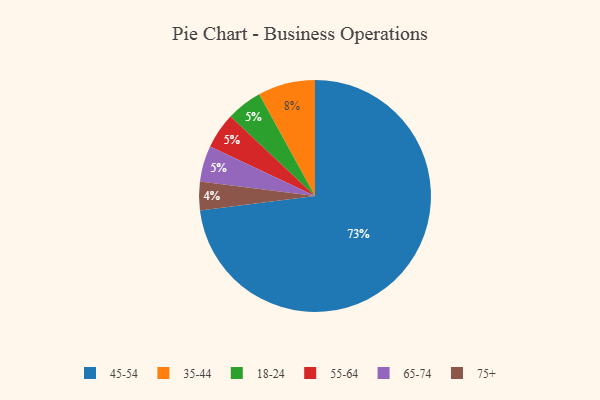
{"axis": {"x": "Category", "y": "Percentage"}, "legend": ["18-24", "35-44", "45-54", "55-64", "65-74", "75+"], "data": [{"x": "35-44", "y": 8, "type": "35-44"}, {"x": "18-24", "y": 5, "type": "18-24"}, {"x": "55-64", "y": 5, "type": "55-64"}, {"x": "65-74", "y": 5, "type": "65-74"}, {"x": "45-54", "y": 73, "type": "45-54"}, {"x": "75+", "y": 4, "type": "75+"}]}